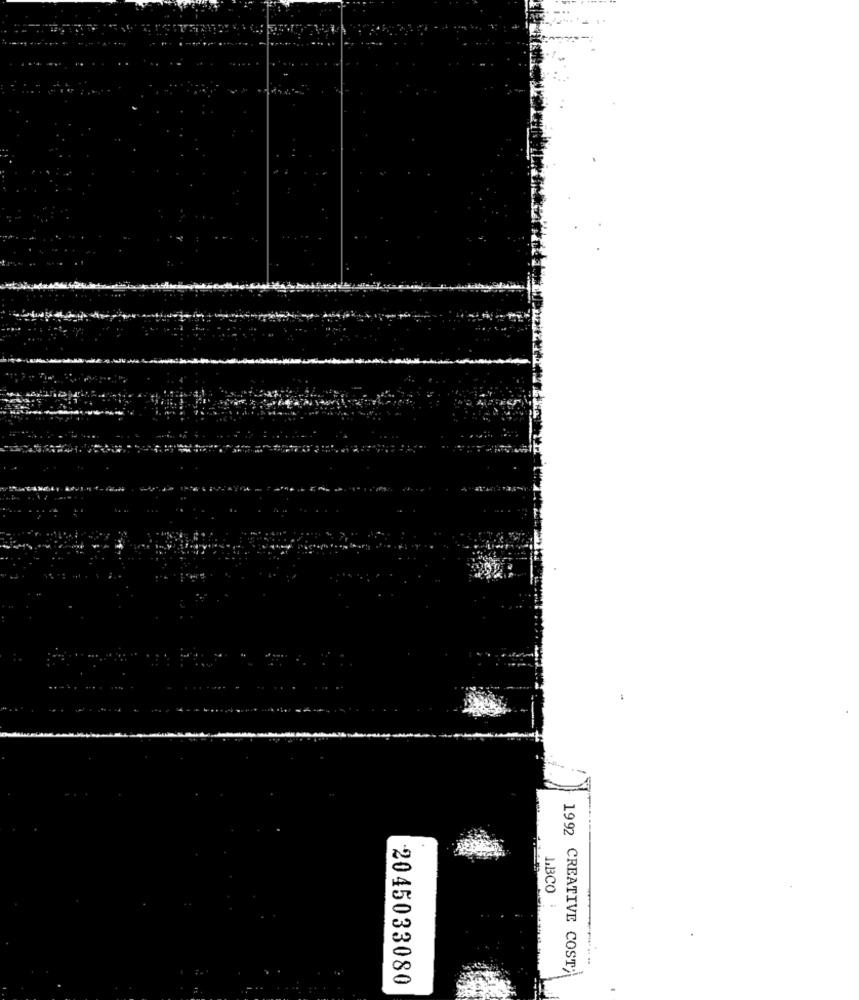
L.BCO
1992 CREATIVE COST;
2045033080